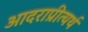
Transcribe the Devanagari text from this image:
आदराप्रीत्यर्थ